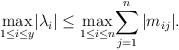
LaTeX: \begin{align*}\underset{1\leq i\leq y}\max{\left|\lambda_i\right|}\leq \underset{1\leq i\leq n}\max{\sum_{j=1}^n \left|m_{ij}\right|}.\end{align*}